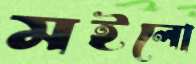
মইলো